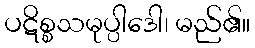
ပဋိစ္စသမုပ္ပါဒေါ၊ မည်၏။